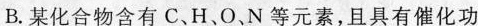
B.某化合物含有C、H、O、N等元素，且具有催化功